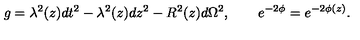
g = \lambda ^ { 2 } ( z ) d t ^ { 2 } - \lambda ^ { 2 } ( z ) d z ^ { 2 } - R ^ { 2 } ( z ) d \Omega ^ { 2 } , \qquad e ^ { - 2 \phi } = e ^ { - 2 \phi ( z ) } .